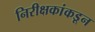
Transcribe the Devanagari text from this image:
निरीक्षकांकडून